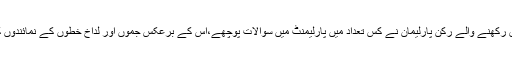
انہوں نے کہا’’ پارلیمنٹ کا ریکاڑ گواہ ہے کہ وادی سے تعلق رکھنے والے رکن پارلیمان نے کس تعداد میں پارلیمنٹ میں سوالات پوچھے،اس کے برعکس جموں اور لداخ خطوں کے نمائندوں کو جب بھی وقت ملا ا نہوں نے اپنے خطوں کی نمائندگی کی۔